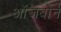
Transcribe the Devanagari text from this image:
ऑजबोर्न